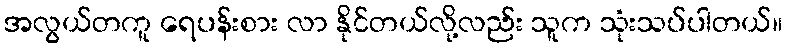
အလွယ်တကူ ရေပန်းစား လာ နိုင်တယ်လို့လည်း သူက သုံးသပ်ပါတယ်။